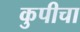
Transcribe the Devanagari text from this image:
कुपीचा